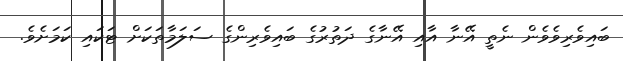
ބައިވެރިވެވެން ނެތީ އޭނާ އާއި އޭނާގެ ދަތުރުގެ ބައިވެރިންގެ ސަލަމާތަކަށް ޓަކައި ކަމަށެވެ.